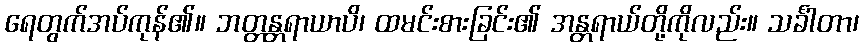
ရေတွက်အပ်ကုန်၏။ ဘတ္တန္တရာယာပိ၊ ထမင်းစားခြင်း၏ အန္တရာယ်တို့ကိုလည်း။ သင်္ခါတာ၊